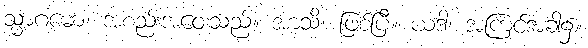
သ္မာဂမော၊ အစည်းအဝေးသည်။ အာသိ၊ ဖြစ်ပြီ။ ယဒါ၊ အကြင်အခါ၌။